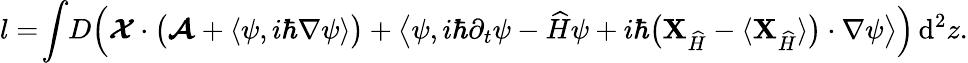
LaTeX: l=\! \int\! D\Big(\boldsymbol{\cal X}\cdot\big(\boldsymbol{\cal A}+\langle\psi,i\hbar\nabla\psi\rangle\big)+\big\langle\psi,i\hbar\partial_{t}\psi-{\widehat{H}}\psi+i\hbar\big({{\mathbf{X}}}_{\widehat{H}}-\langle{{\mathbf{X}}}_{\widehat{H}}\rangle\big)\cdot\nabla\psi\big\rangle\Big)\, \mathrm{d}^{2}z.